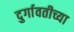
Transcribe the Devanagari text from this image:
दुर्गावतीच्या